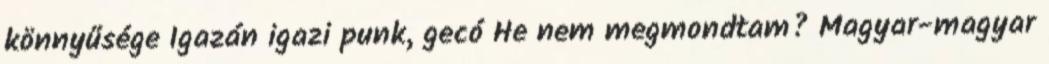
könnyűsége Igazán igazi punk, gecó He nem megmondtam? Magyar-magyar